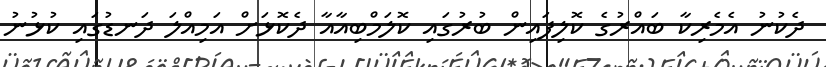
ދެކުނު އެމެރިކާ ބައްރުގެ ކޮލިފައިން ބުރުގައި ކޮލަމްބިއާއާ ދެކޮޅަށް އަމިއްލަ ދަނޑުގައި ކުޅުނު